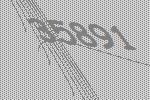
35891